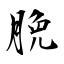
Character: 脕